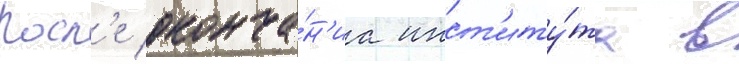
Посл'е оконча́н'иа инст'иту́та в